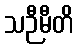
သဉီမီတိ